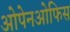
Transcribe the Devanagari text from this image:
ओपेनओफिस